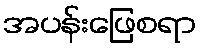
အပန်းဖြေစရာ